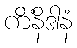
ကိံနိဒါနံ